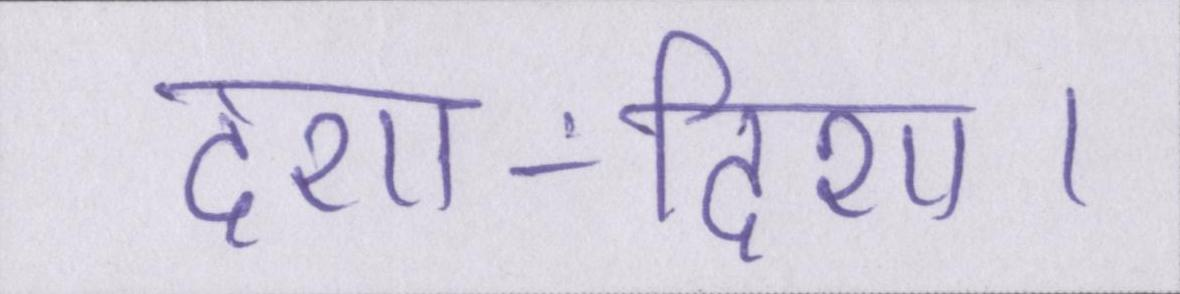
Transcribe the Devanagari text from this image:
दशा-दिशा।